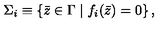
\Sigma _ { i } \equiv \left\{ \bar { z } \in \Gamma \mid f _ { i } ( \bar { z } ) = 0 \right\} ,